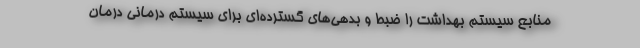
منابع سیستم بهداشت را ضبط و بدهی‌های گسترده‌ای برای سیستم درمانی درمان